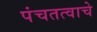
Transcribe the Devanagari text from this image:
पंचतत्वाचे